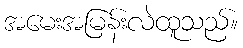
အမေးအမြန်းလဲထူသည်။